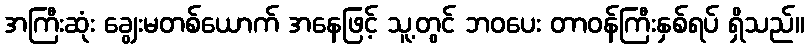
အကြီးဆုံး ချွေးမတစ်ယောက် အနေဖြင့် သူ့တွင် ဘဝပေး တာဝန်ကြီးနှစ်ရပ် ရှိသည်။